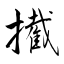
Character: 擮